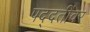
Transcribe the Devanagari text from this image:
पद्दतींवर